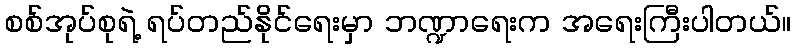
စစ်အုပ်စုရဲ့ ရပ်တည်နိုင်ရေးမှာ ဘဏ္ဍာရေးက အရေးကြီးပါတယ်။